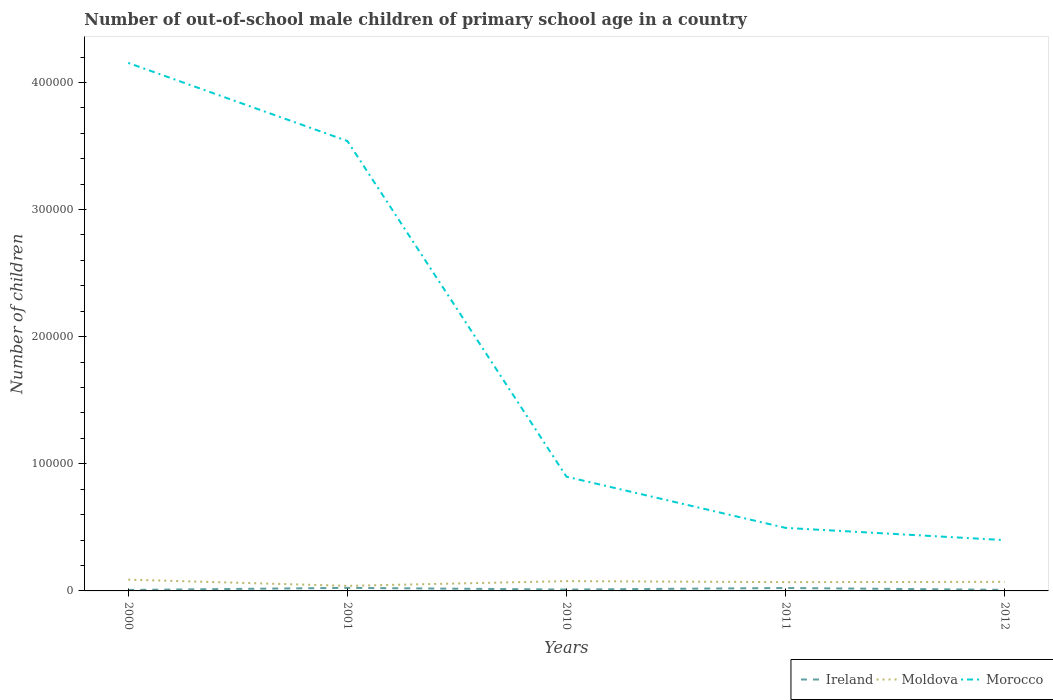
| Years | Ireland | Moldova | Morocco |
 | --- | --- | --- | --- |
 | 2000 | 761 | 8.87e+03 | 4.15e+05 |
 | 2001 | 2.4e+03 | 3.99e+03 | 3.54e+05 |
 | 2010 | 1.08e+03 | 7.71e+03 | 8.99e+04 |
 | 2011 | 2.29e+03 | 6.92e+03 | 4.96e+04 |
 | 2012 | 857 | 7.14e+03 | 4e+04 |